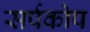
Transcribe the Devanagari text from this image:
सर्पकोप